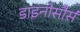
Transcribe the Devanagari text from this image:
डाइनोसौर्स